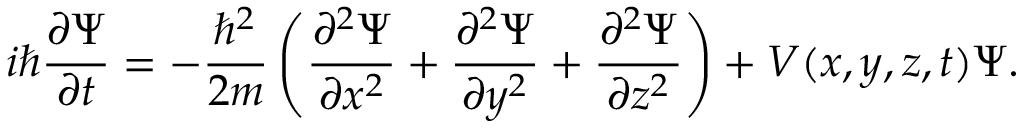
i \hbar { \frac { \partial \Psi } { \partial t } } = - { \frac { \hbar ^ { 2 } } { 2 m } } \left( { \frac { \partial ^ { 2 } \Psi } { \partial x ^ { 2 } } } + { \frac { \partial ^ { 2 } \Psi } { \partial y ^ { 2 } } } + { \frac { \partial ^ { 2 } \Psi } { \partial z ^ { 2 } } } \right) + V ( x , y , z , t ) \Psi . \,